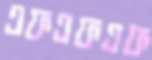
এফএফএফ